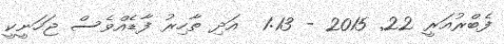
ފެބްރުއަރީ 22